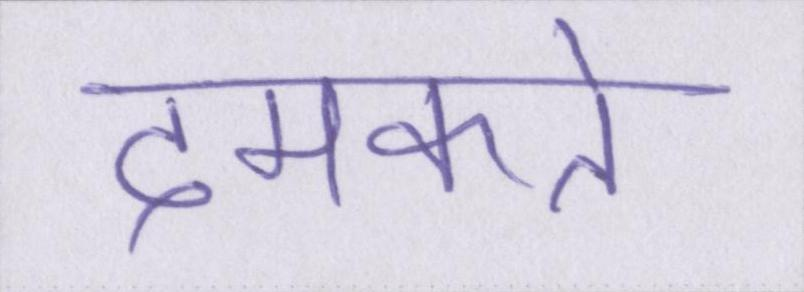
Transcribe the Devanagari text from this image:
दमकते